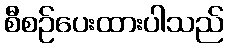
စီစဉ်ပေးထားပါသည်